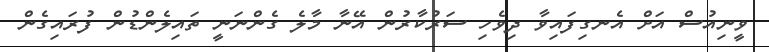
ވީނިއުސް އަށް އެނގިފައިވާ ދިވެހި ސަރުކާރުން އޭނާ މާލެ ގެންނަނީ ތައިލެންޑުން ފުރައިގެން